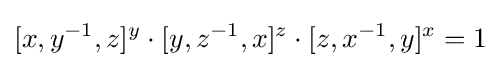
[x,y^{-1},z]^{y}\cdot [y,z^{-1},x]^{z}\cdot [z,x^{-1},y]^{x}=1